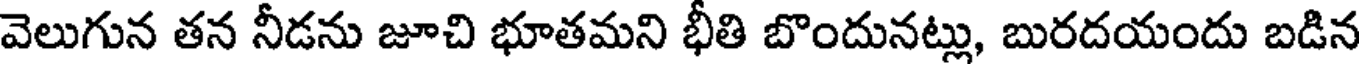
వెలుగున తన నీడను జూచి భూతమని భీతి బొందునట్లు, బురదయందు బడిన